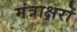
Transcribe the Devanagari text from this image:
मंत्राक्षरों